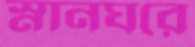
স্নানঘরে